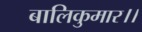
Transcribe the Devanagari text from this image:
बालिकुमार।।